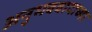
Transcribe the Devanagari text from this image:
अनुभववादाच्या